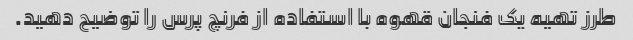
طرز تهیه یک فنجان قهوه با استفاده از فرنچ پرس را توضیح دهید.